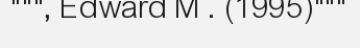
""", Edward M . (1995)"""